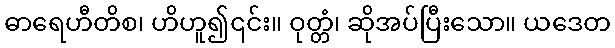
ဓာရေဟီတိစ၊ ဟိဟူ၍၎င်း။ ဝုတ္တံ၊ ဆိုအပ်ပြီးသော။ ယဒေတ